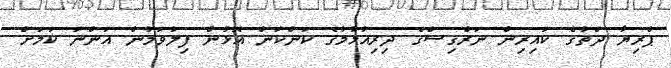
ޕްރިޔާ ދަތުގެ ކައިރިން ނަރްގިސްގެ ދިރިއުޅުމުގެ ކަންކަން އޮޅުން ފިލުވަމުން އަންނަ ކަމަށް